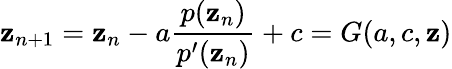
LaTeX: \mathbf{z}_{n+1}=\mathbf{z}_{n}-a{\frac{{p(\mathbf{z}_{n})}}{{p^{\prime}(\mathbf{z}_{n})}}}+c=G(a,c,\mathbf{z})